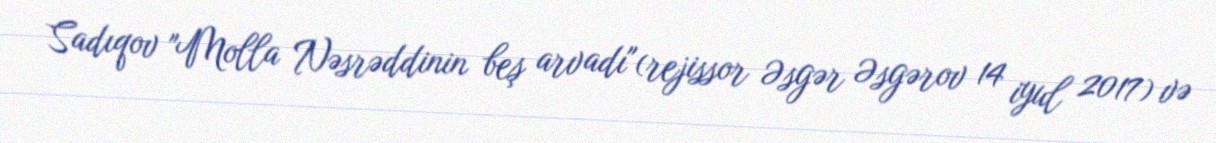
Sadıqov "Molla Nəsrəddinin beş arvadı"(rejissor Əsgər Əsgərov 14 iyul 2017) və